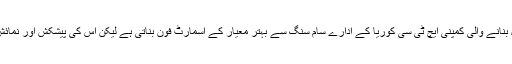
مثال کے طور پر تائیوان کی مشہور موبائل بنانے والی کمپنی ایچ ٹی سی کوریا کے ادارے سام سنگ سے بہتر معیار کے اسمارٹ فون بناتی ہے لیکن اُس کی پیشکش اور نمائش کا معیار سام سنگ سے کہیں پیچھے ہے۔